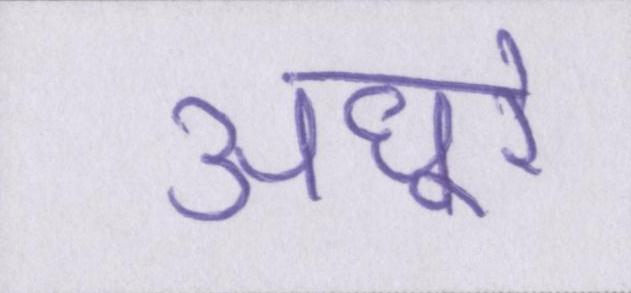
अधूरे